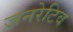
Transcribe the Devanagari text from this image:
जनरेटिव